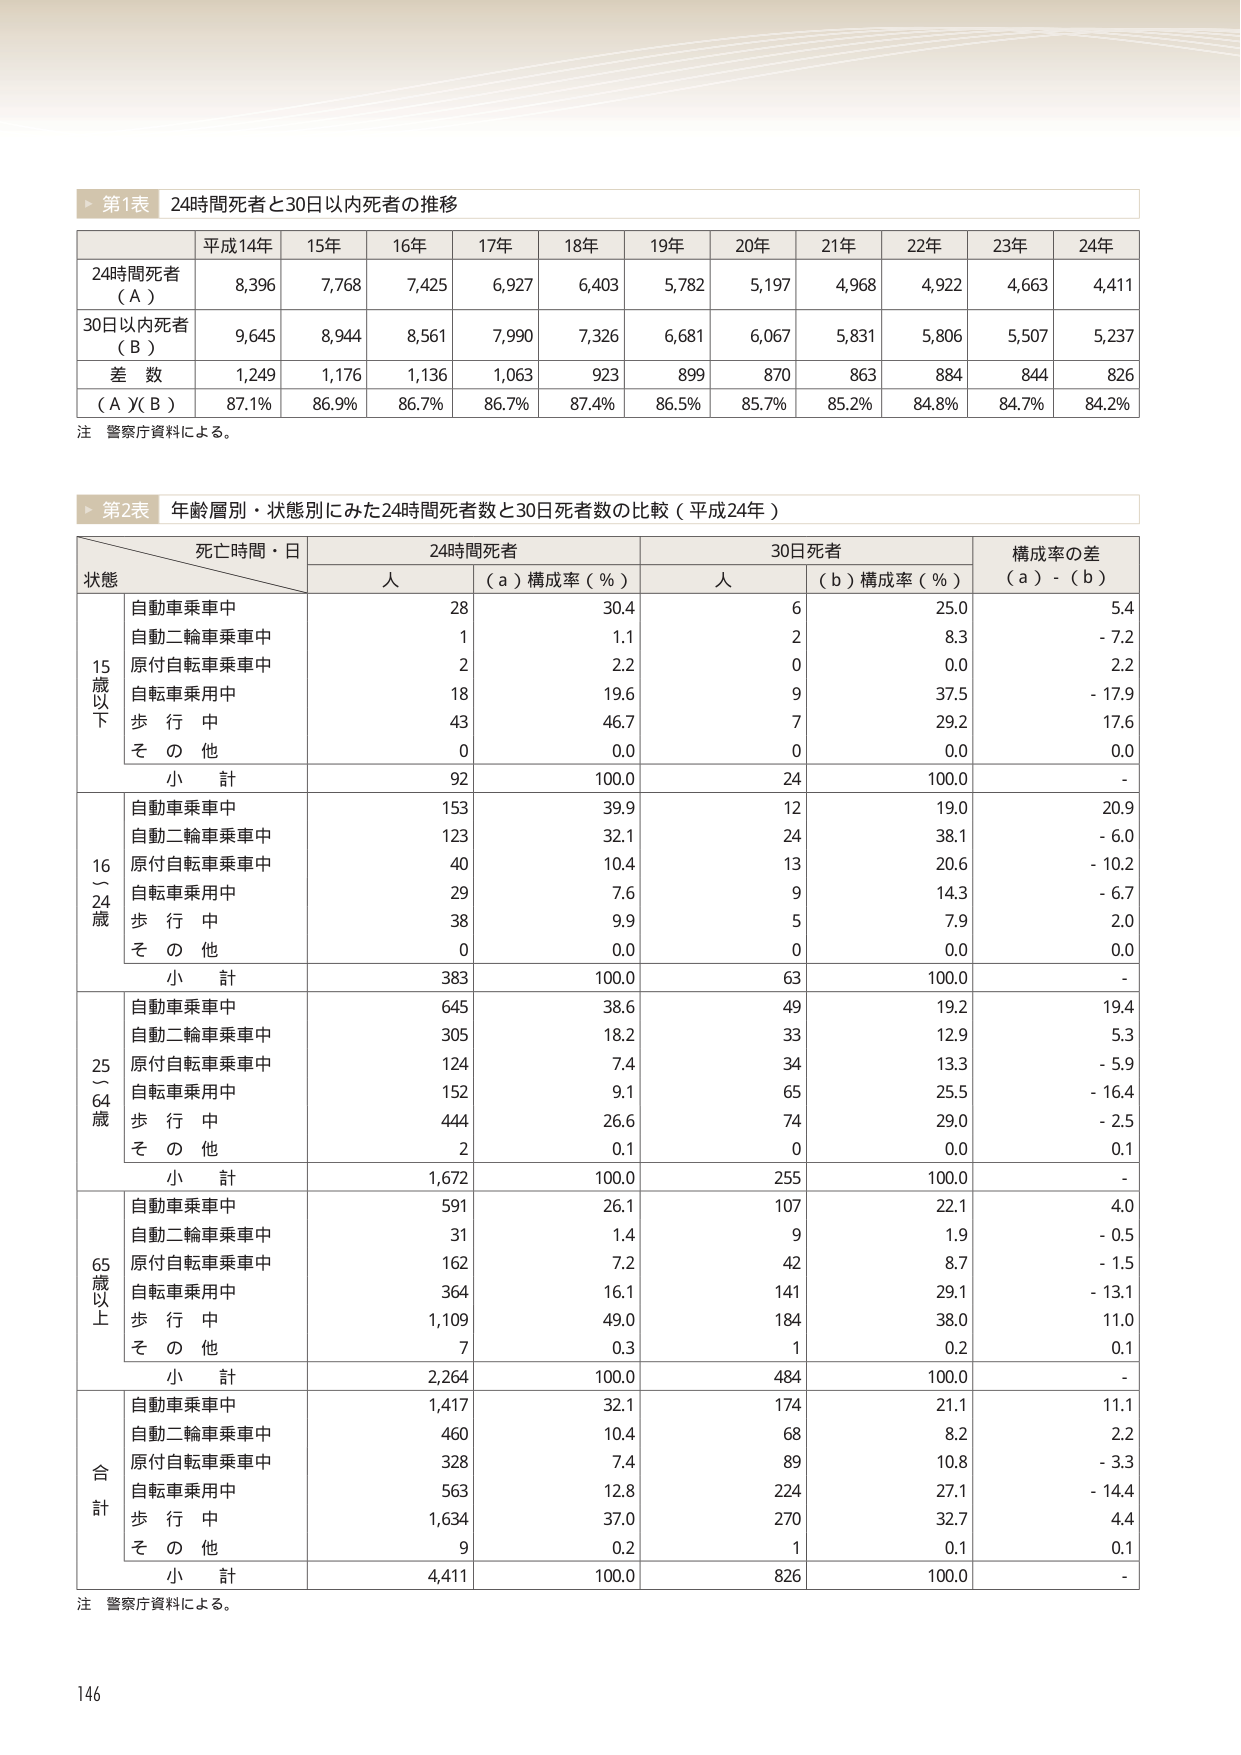
第1表 24時間死者と30日以内死者の推移

平成14年 15年 16年 17年 18年 19年 20年 21年 22年 23年 24年
24時間死者（A） 8,396 7,768 7,425 6,927 6,403 5,782 5,197 4,968 4,922 4,663 4,411
30日以内死者（B） 9,645 8,944 8,561 7,990 7,326 6,681 6,067 5,831 5,806 5,507 5,237
差 数 1,249 1,176 1,136 1,063 923 899 870 863 884 844 826
（A）/（B） 87.1% 86.9% 86.7% 86.7% 87.4% 86.5% 85.7% 85.2% 84.8% 84.7% 84.2%

注 警察庁資料による。

第2表 年齢層別・状態別にみた24時間死者数と30日死者数の比較（平成24年）

死亡時間・日 状態 24時間死者 30日死者 構成率の差（a）-（b）
　　　　　　　　　　　　　　　人 （a）構成率（%） 人 （b）構成率（%）

15歳以下
　自動車乗車中 28 30.4 6 25.0 5.4
　自動二輪車乗車中 1 1.1 2 8.3 -7.2
　原付自転車乗車中 2 2.2 0 0.0 2.2
　自転車乗用中 18 19.6 9 37.5 -17.9
　歩行中 43 46.7 7 29.2 17.6
　その他 0 0.0 0 0.0 0.0
　小計 92 100.0 24 100.0 -

16～24歳
　自動車乗車中 153 39.9 12 19.0 20.9
　自動二輪車乗車中 123 32.1 24 38.1 -6.0
　原付自転車乗車中 40 10.4 13 20.6 -10.2
　自転車乗用中 29 7.6 9 14.3 -6.7
　歩行中 38 9.9 5 7.9 2.0
　その他 0 0.0 0 0.0 0.0
　小計 383 100.0 63 100.0 -

25～64歳
　自動車乗車中 645 38.6 49 19.2 19.4
　自動二輪車乗車中 305 18.2 33 12.9 5.3
　原付自転車乗車中 124 7.4 34 13.3 -5.9
　自転車乗用中 152 9.1 65 25.5 -16.4
　歩行中 444 26.6 74 29.0 -2.5
　その他 2 0.1 0 0.0 0.1
　小計 1,672 100.0 255 100.0 -

65歳以上
　自動車乗車中 591 26.1 107 22.1 4.0
　自動二輪車乗車中 31 1.4 9 1.9 -0.5
　原付自転車乗車中 162 7.2 42 8.7 -1.5
　自転車乗用中 364 16.1 141 29.1 -13.1
　歩行中 1,109 49.0 184 38.0 11.0
　その他 7 0.3 1 0.2 0.1
　小計 2,264 100.0 484 100.0 -

合計
　自動車乗車中 1,417 32.1 174 21.1 11.1
　自動二輪車乗車中 460 10.4 68 8.2 2.2
　原付自転車乗車中 328 7.4 89 10.8 -3.3
　自転車乗用中 563 12.8 224 27.1 -14.4
　歩行中 1,634 37.0 270 32.7 4.4
　その他 9 0.2 1 0.1 0.1
　小計 4,411 100.0 826 100.0 -

注 警察庁資料による。

146